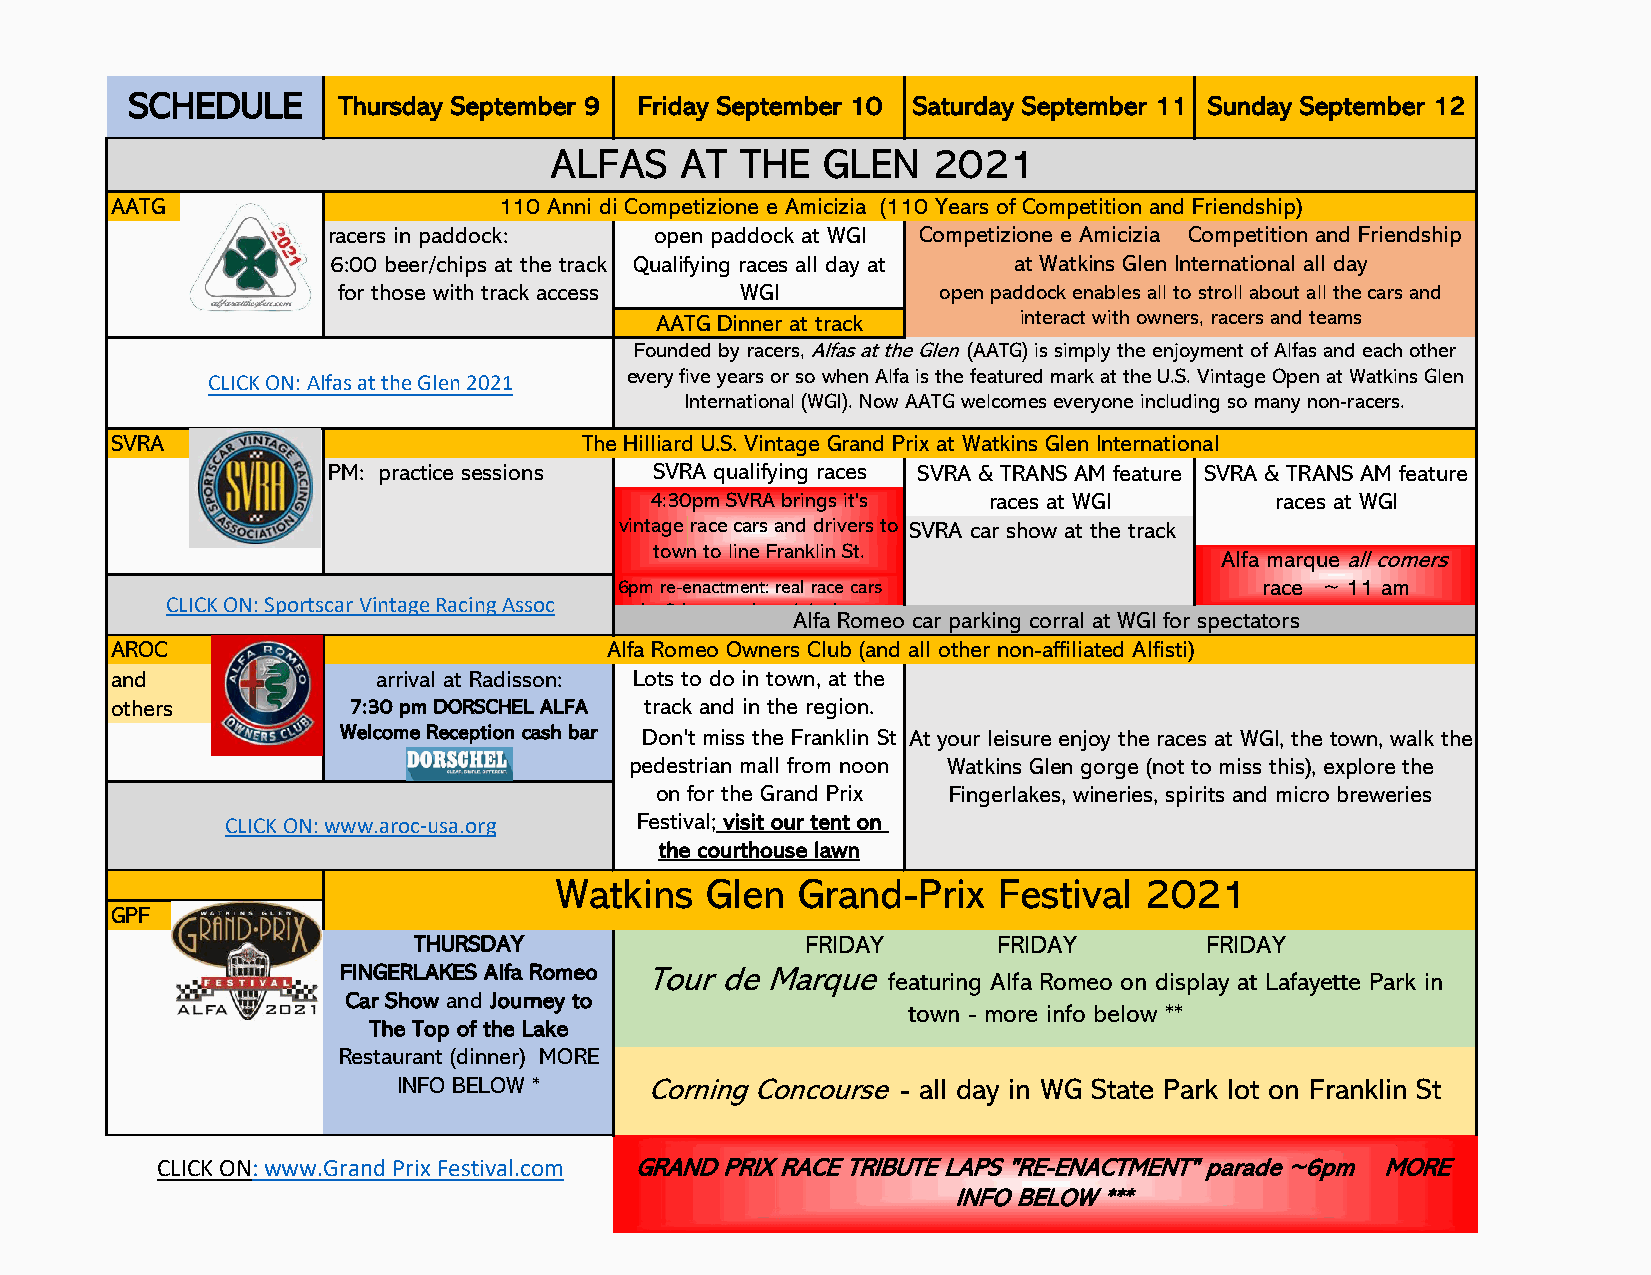
SCHEDULE     Thursday September 9 Friday September 10 Saturday September 11 Sunday September 12
 ALFAS    AT  THE  GLEN    2021
 AATG                      110 Anni di Competizione e Amicizia (110 Years of Competition and Friendship)
 racers in paddock:   open paddock at WGI Competizione e Amicizia Competition and Friendship
 6:00 beer/chips at the track Qualifying races all day at at Watkins Glen International all day
 for those with track access WGI         open paddock enables all to stroll about all the cars and
 AATG Dinner at track    interact with owners, racers and teams
 Founded by racers, Alfas at the Glen (AATG) is simply the enjoyment of Alfas and each other
 CLICK ON: Alfas at the Glen 2021 every five years or so when Alfa is the featured mark at the U.S. Vintage Open at Watkins Glen
 International (WGI). Now AATG welcomes everyone including so many non-racers.
 SVRA                            The Hilliard U.S. Vintage Grand Prix at Watkins Glen International
 PM: practice sessions SVRA qualifying races SVRA & TRANS AM feature SVRA & TRANS AM feature
 4:30pm SVRA brings it's races at WGI     races at WGI
 vintage race cars and drivers to SVRA car show at the track
 town to line Franklin St.
 Alfa marque all comers
 6pm re-enactment: real race cars           race ~ 11 am
 CLICK ON: Sportscar Vintage Racing Assoc
 make 3 laps on the original race
 Alfa Romeo car parking corral at WGI for spectators
 AROC                             Alfa Romeo Owners Club (and all other non-affiliated Alfisti)
 and               arrival at Radisson: Lots to do in town, at the
 others          7:30 pm DORSCHEL ALFA track and in the region.
 Welcome Reception cash bar Don't miss the Franklin St At your leisure enjoy the races at WGI, the town, walk the
 pedestrian mall from noon Watkins Glen gorge (not to miss this), explore the
 on for the Grand Prix Fingerlakes, wineries, spirits and micro breweries
 CLICK ON: www.aroc-usa.org Festival; visit our tent on
 the courthouse lawn
 Watkins   Glen  Grand-Prix   Festival  2021
 GPF
 THURSDAY                  FRIDAY       FRIDAY        FRIDAY
 FINGERLAKES Alfa Romeo Tour de Marque
 featuring Alfa Romeo on display at Lafayette Park in
 Car Show and Journey to
 town - more info below **
 The Top of the Lake
 Restaurant (dinner) MORE
 INFO BELOW *     Corning Concourse - all day in WG State Park lot on Franklin St
 CLICK ON: www.Grand Prix Festival.com GRAND PRIX RACE TRIBUTE LAPS "RE-ENACTMENT" parade ~6pm MORE
 INFO BELOW ***